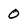
Character: 0